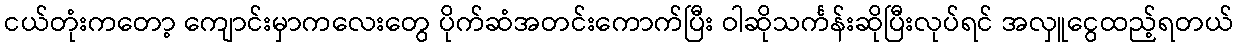
ငယ်တုံးကတော့ ကျောင်းမှာကလေးတွေ ပိုက်ဆံအတင်းကောက်ပြီး ဝါဆိုသင်္ကန်းဆိုပြီးလုပ်ရင် အလှူငွေထည့်ရတယ်